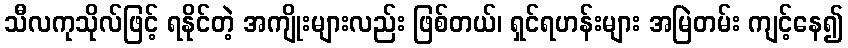
သီလကုသိုလ်ဖြင့် ရနိုင်တဲ့ အကျိုးများလည်း ဖြစ်တယ်၊ ရှင်ရဟန်းများ အမြဲတမ်း ကျင့်နေ၍